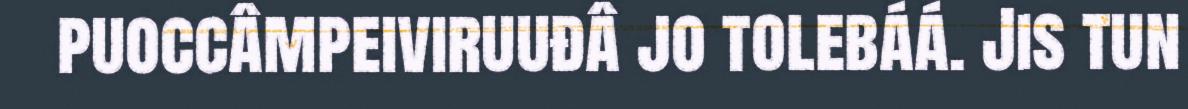
puoccâmpeiviruuđâ jo tolebáá. Jis tun